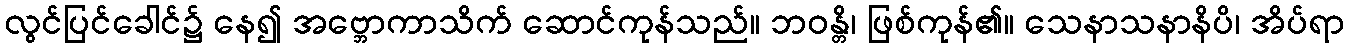
လွင်ပြင်ခေါင်၌ နေ၍ အဗ္ဘောကာသိက် ဆောင်ကုန်သည်။ ဘဝန္တိ၊ ဖြစ်ကုန်၏။ သေနာသနာနိပိ၊ အိပ်ရာ